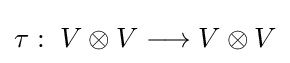
\tau :\;V\otimes V\longrightarrow V\otimes V